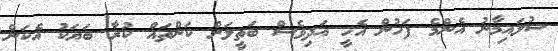
ސުލައިމާނު އެންމެ ފަހުން އެހީ އަދިވެސް ބަތީލަށް ކަންތައް ކުރާ ބަޔަކު އެކަން